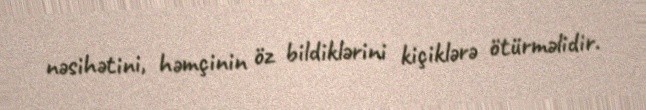
nəsihətini, həmçinin öz bildiklərini kiçiklərə ötürməlidir.